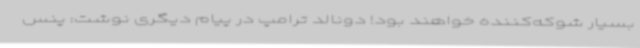
بسیار شوکه‌کننده خواهند بود! دونالد ترامپ در پیام دیگری نوشت: پنس